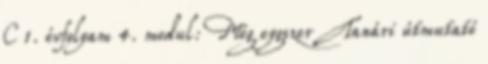
C 1. évfolyam 4. modul: Még eygszer Tanári útmutató